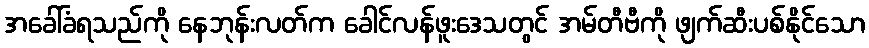
အခေါ်ခံရသည်ကို နေဘုန်းလတ်က ခေါင်လန်ဖူးဒေသတွင် အမ်တီဗီကို ဖျက်ဆီးပစ်နိုင်သော